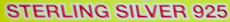
STERLING SILVER 925